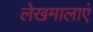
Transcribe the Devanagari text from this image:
लेखमालाएं